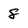
Character: 8